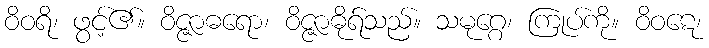
ဝိဝရိ၊ ဖွင့်၏။ ဝိဇ္ဇာဓရော၊ ဝိဇ္ဇာဓိုရ်သည်။ သမုဂ္ဂေ၊ ကြုပ်ကို။ ဝိဝဋေ၊